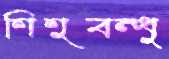
শিশুবন্ধু